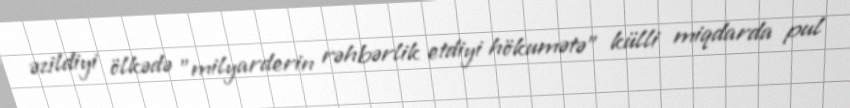
əzildiyi ölkədə "milyarderin rəhbərlik etdiyi hökumətə" külli miqdarda pul